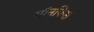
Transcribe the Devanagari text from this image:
मॉनफिस